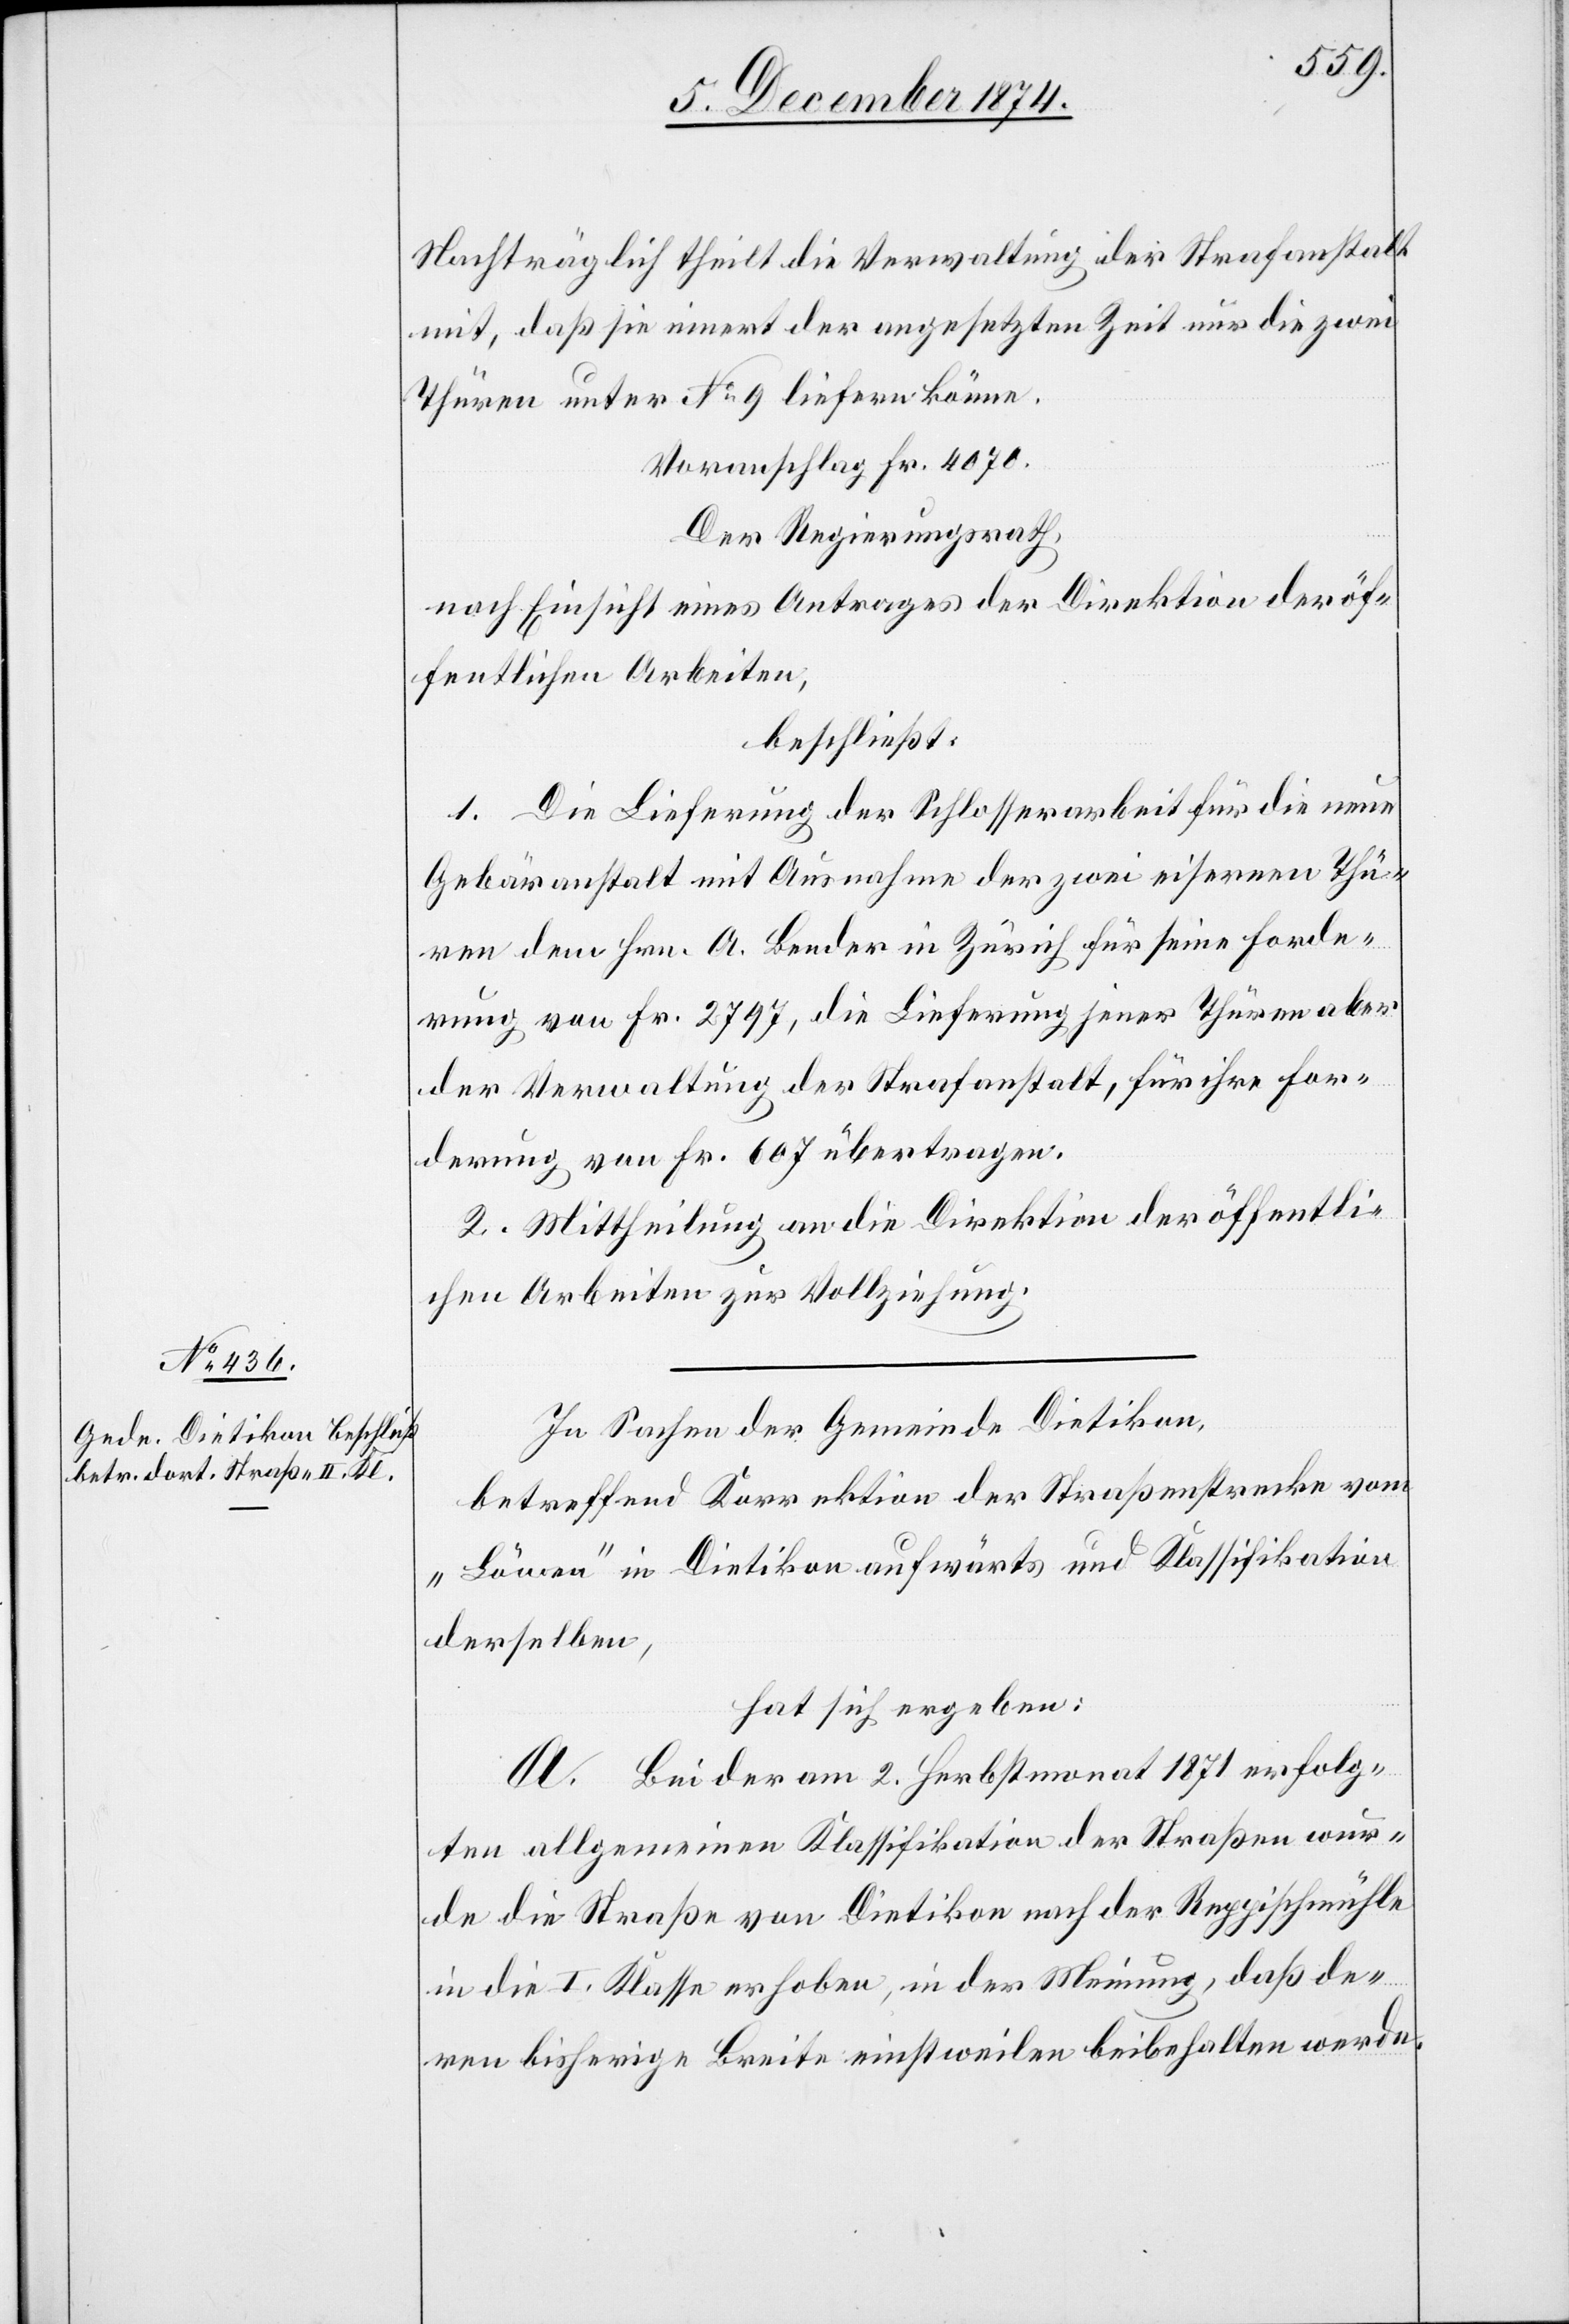
Nachträglich theilt die Verwaltung der Strafanstalt
mit, daß sie innert der angesetzten Zeit nur die zwei
Thüren unter No 9 liefern könne.
Voranschlag: Fr. 4070.
Der Regierungsrath,
nach Einsicht eines Antrages der Direktion der öf¬
fentlichen Arbeiten,
beschließt:
1. Die Lieferung der Schlosserarbeit für die neue
Gebäranstalt mit Ausnahme der zwei eisernen Thüren
[wird] dem Hrn. A. Bender in Zürich für seine Forde¬
rung von Fr. 2797, die Lieferung jener Thüren aber
der Verwaltung der Strafanstalt, für ihre For¬
derung von Fr. 607 übertragen.
2. Mittheilung an die Direktion der öffentli¬
chen Arbeiten zur Vollziehung.
In Sachen der Gemeinde Dietikon,
betreffend Korrektion der Straßenstrecke vom
„Löwen“ in Dietikon aufwärts und Klassifikation
derselben,
hat sich ergeben:
A. Bei der am 2. Herbstmonat 1871 erfolg¬
ten allgemeinen Klassifikation der Straßen wur¬
de die Straße von Dietikon nach der Reppischmühle
in die I. Klasse erhoben, in der Meinung, daß de¬
ren bisherige Breite einstweilen beibehalten werde.